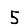
Digit: 5